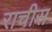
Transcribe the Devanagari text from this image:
राचीस